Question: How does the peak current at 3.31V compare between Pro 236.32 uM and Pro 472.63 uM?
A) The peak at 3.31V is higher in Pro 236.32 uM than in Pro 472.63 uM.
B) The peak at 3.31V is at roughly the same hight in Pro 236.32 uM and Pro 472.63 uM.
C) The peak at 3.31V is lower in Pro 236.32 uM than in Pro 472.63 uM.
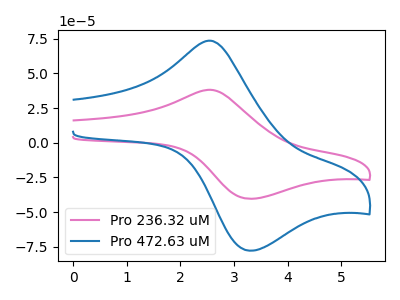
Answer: <think>The pink curve "Pro 236.32 uM" has an anodic peak at (2.55V, 38.20uA) and a cathodic peak at (3.30V, -40.40uA). The blue curve "Pro 472.63 uM" has an anodic peak at (2.55V, 73.60uA) and a cathodic peak at (3.30V, -77.80uA).</think>
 <answer>C) The peak at 3.31V is lower in "Pro 236.32 uM" than in "Pro 472.63 uM".</answer>
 <eval>C</eval>